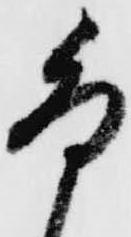
卯